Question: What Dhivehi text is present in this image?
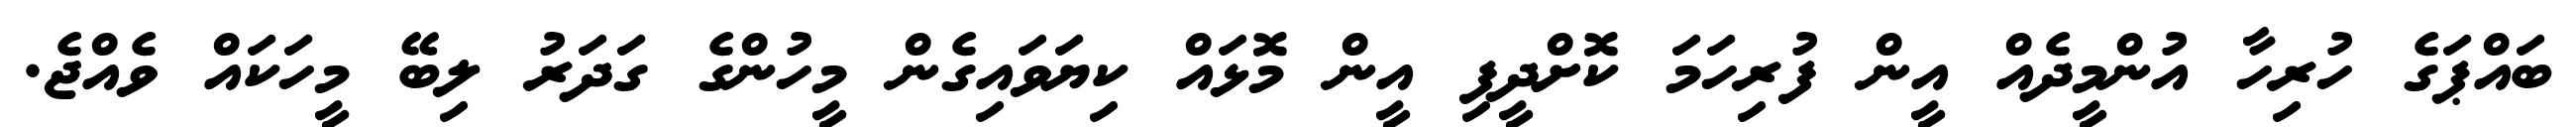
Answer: ބައްޕަގެ ހުރިހާ އުންމީދެއް އީން ފުރިހަމަ ކޮށްދީފި އީން މޮޅައް ކިޔަވައިގެން މީހުންގެ ގަދަރު ލިބޭ މީހަކައް ވެއްޖެ.